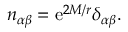
n _ { \alpha \beta } = \mathrm { e } ^ { 2 M / r } \delta _ { \alpha \beta } .